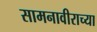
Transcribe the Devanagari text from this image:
सामनावीराच्या